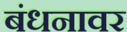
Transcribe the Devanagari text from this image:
बंधनावर